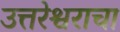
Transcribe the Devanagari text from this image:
उत्तरेश्वराचा